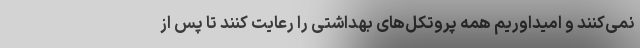
نمی‌کنند و امیداوریم همه پروتکل‌های بهداشتی را رعایت کنند تا پس از